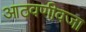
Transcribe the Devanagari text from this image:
आठवणीवजा